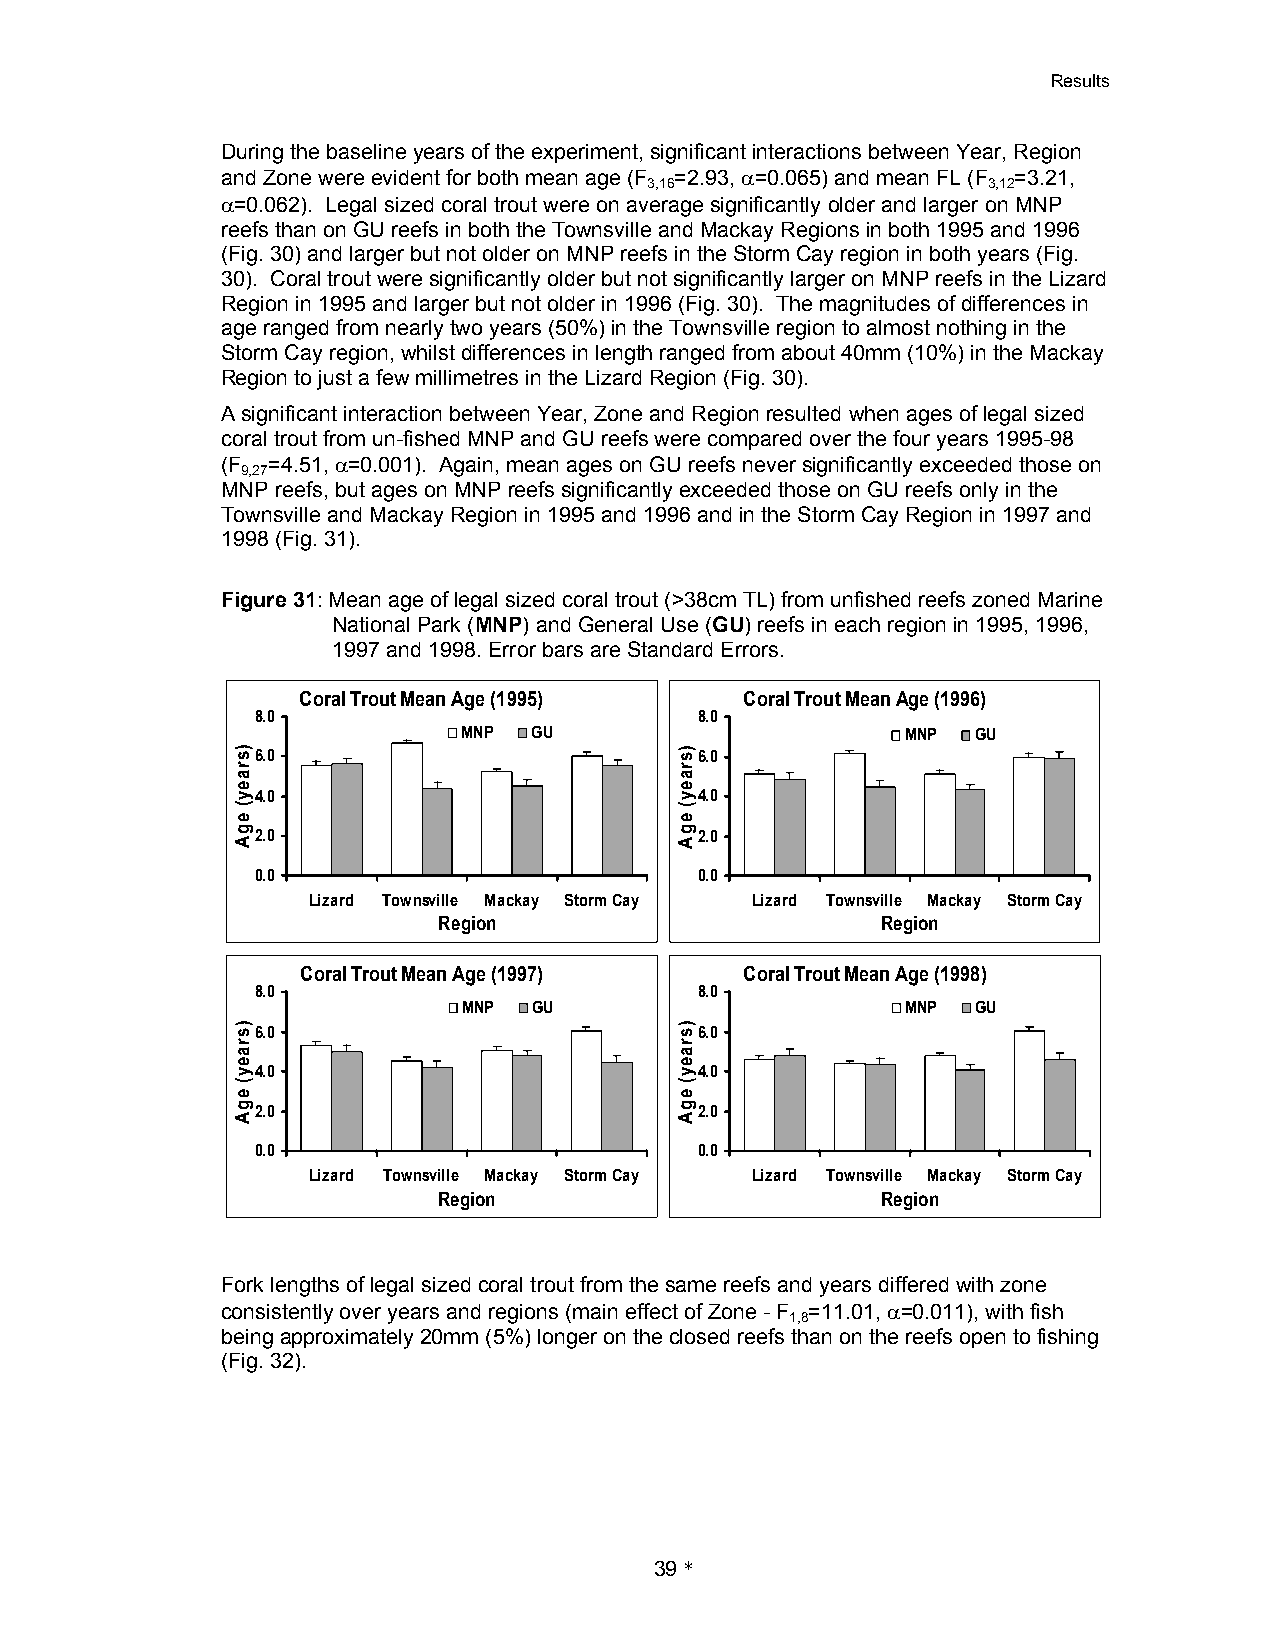
Results
 During the baseline years of the experiment, significant interactions between Year, Region
 and Zone were evident for both mean age (F =2.93, 0=0.065) and mean FL (F =3.21,
 3,16                  3,12
 0=0.062). Legal sized coral trout were on average significantly older and larger on MNP
 reefs than on GU reefs in both the Townsville and Mackay Regions in both 1995 and 1996
 (Fig. 30) and larger but not older on MNP reefs in the Storm Cay region in both years (Fig.
 30). Coral trout were significantly older but not significantly larger on MNP reefs in the Lizard
 Region in 1995 and larger but not older in 1996 (Fig. 30). The magnitudes of differences in
 age ranged from nearly two years (50%) in the Townsville region to almost nothing in the
 Storm Cay region, whilst differences in length ranged from about 40mm (10%) in the Mackay
 Region to just a few millimetres in the Lizard Region (Fig. 30).
 A significant interaction between Year, Zone and Region resulted when ages of legal sized
 coral trout from un-fished MNP and GU reefs were compared over the four years 1995-98
 (F =4.51, 0=0.001). Again, mean ages on GU reefs never significantly exceeded those on
 9,27
 MNP reefs, but ages on MNP reefs significantly exceeded those on GU reefs only in the
 Townsville and Mackay Region in 1995 and 1996 and in the Storm Cay Region in 1997 and
 1998 (Fig. 31).
 Figure 31: Mean age of legal sized coral trout (>38cm TL) from unfished reefs zoned Marine
 National Park (MNP) and General Use (GU) reefs in each region in 1995, 1996,
 1997 and 1998. Error bars are Standard Errors.
 Coral Trout Mean Age (1995)  Coral Trout Mean Age (1996)
 8.0                          8.0
 MNP GU                       MNP  GU
 6.0                          6.0
 4.0                          4.0
 2.0                          2.0
 0.0                          0.0
 Lizard Townsville Mackay Storm Cay Lizard Townsville Mackay Storm Cay
 Region                       Region
 Coral Trout Mean Age (1997)  Coral Trout Mean Age (1998)
 8.0                          8.0
 MNP GU                       MNP  GU
 6.0                          6.0
 4.0                          4.0
 2.0                          2.0
 0.0                          0.0
 Lizard Townsville Mackay Storm Cay Lizard Townsville Mackay Storm Cay
 Region                       Region
 Fork lengths of legal sized coral trout from the same reefs and years differed with zone
 consistently over years and regions (main effect of Zone - F =11.01, 0=0.011), with fish
 1,8
 being approximately 20mm (5%) longer on the closed reefs than on the reefs open to fishing
 (Fig. 32).
 39*
 )sraey(
 eg
 A
 )sraey(
 eg
 A
 )sraey(
 egA
 )sraey(
 eg
 A